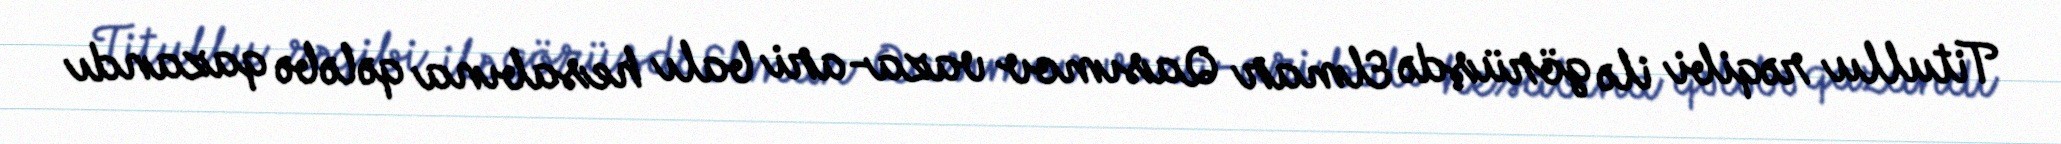
Titullu rəqibi ilə görüşdə Elmar Qasımov vaza-ari balı hesabına qələbə qazandı